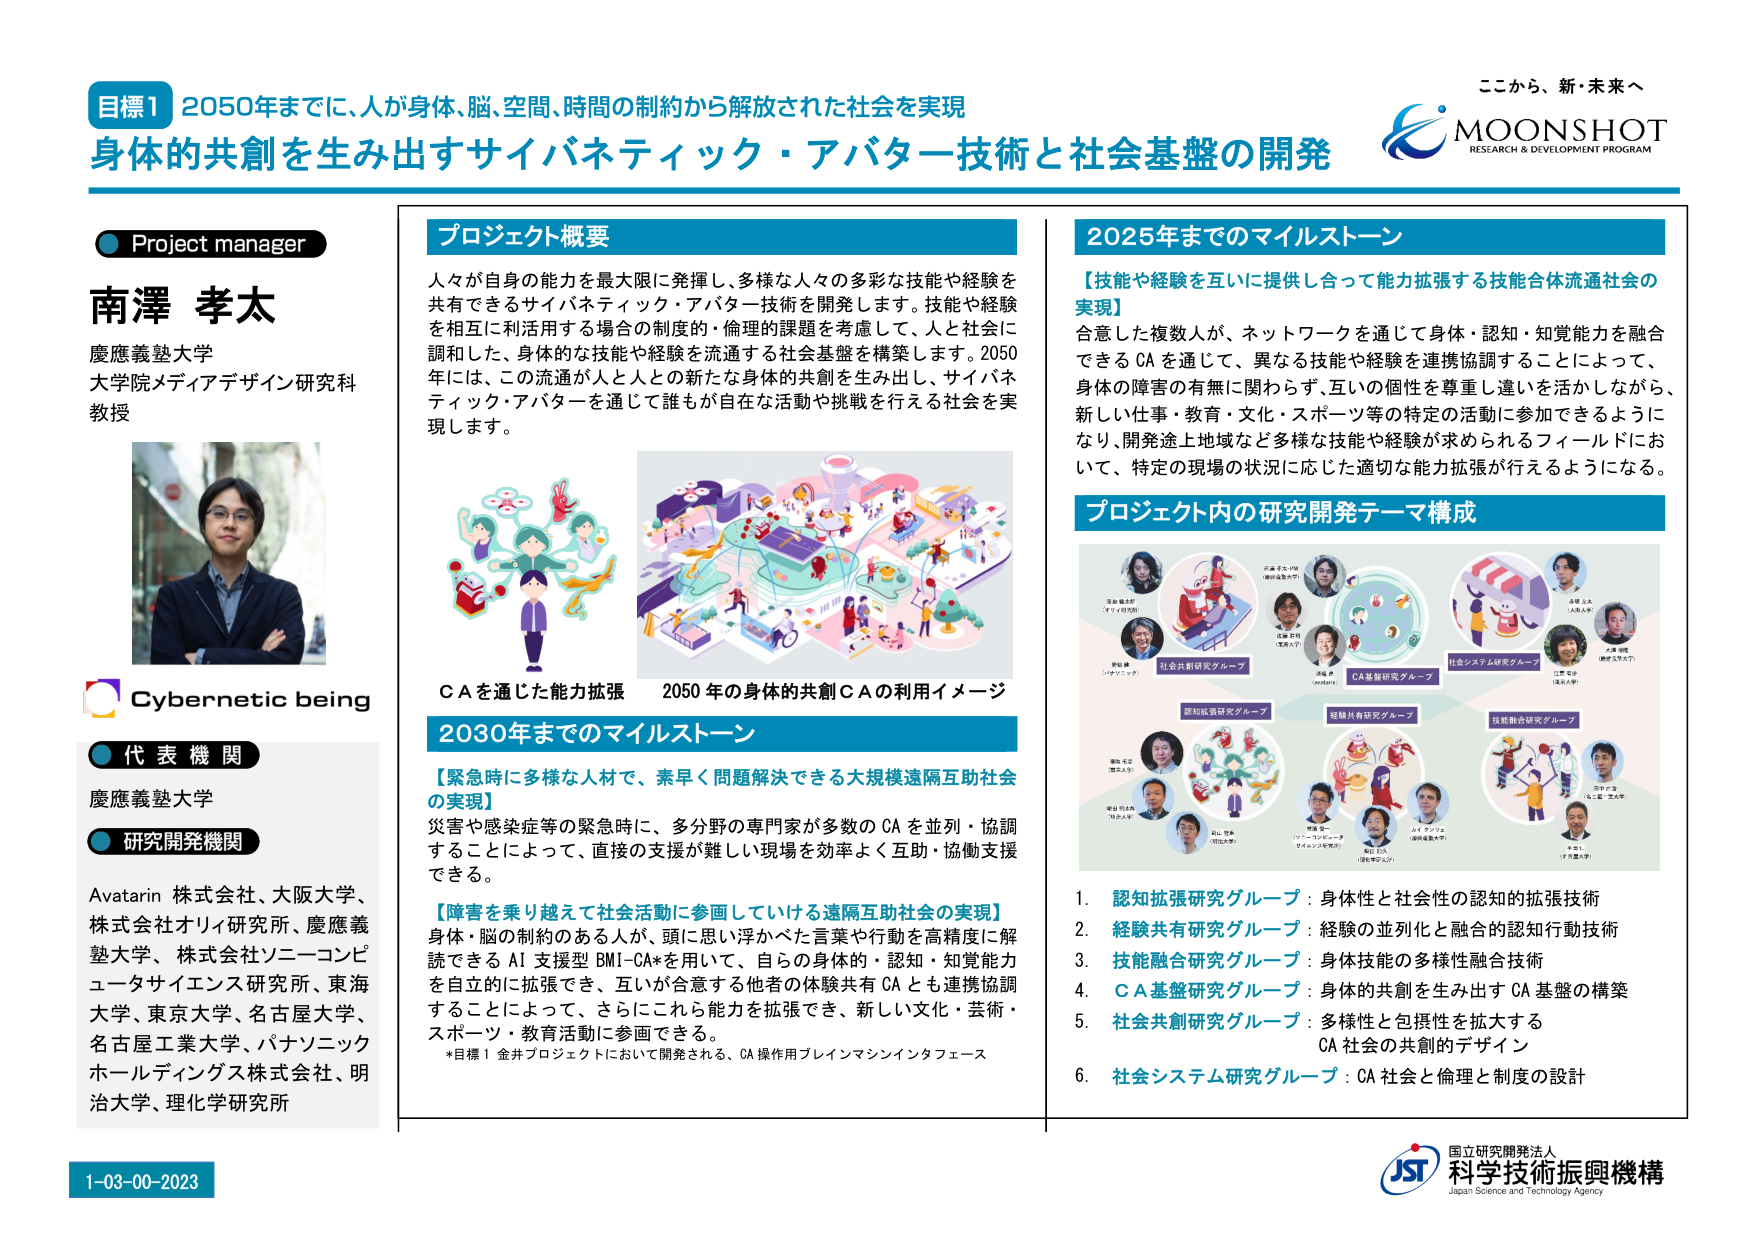
ここから、新・未来へ
MOONSHOT
RESEARCH & DEVELOPMENT PROGRAM

目標1 2050年までに、人が身体、脳、空間、時間の制約から解放された社会を実現
身体的共創を生み出すサイバネティック・アバター技術と社会基盤の開発

Project manager
南澤 孝太
慶應義塾大学
大学院メディアデザイン研究科
教授

Cybernetic being

代表機関
慶應義塾大学

研究開発機関
Avatarin 株式会社、大阪大学、
株式会社オリィ研究所、慶應義塾大学、株式会社ソニーコンピュータサイエンス研究所、東海大学、東京大学、名古屋大学、名古屋工業大学、パナソニックホールディングス株式会社、明治大学、理化学研究所

1-03-00-2023

プロジェクト概要
人々が自身の能力を最大限に発揮し、多様な人々の多彩な技能や経験を共有できるサイバネティック・アバター技術を開発します。技能や経験を相互に利活用する場合の制度的・倫理的課題を考慮して、人と社会に調和した、身体的な技能や経験を流通する社会基盤を構築します。2050年には、この流通が人と人の新たな身体的共創を生み出し、サイバネティック・アバターを通じて誰もが自在な活動や挑戦を行える社会を実現します。

CAを通じた能力拡張
2050年の身体的共創CAの利用イメージ

2030年までのマイルストーン
【緊急時に多様な人材で、素早く問題解決できる大規模遠隔互助社会の実現】
災害や感染症等の緊急時に、多分野の専門家が多数のCAを並列・協調することによって、直接の支援が難しい現場を効率よく互助・協働支援できる。

【障害を乗り越えて社会活動に参画していける遠隔互助社会の実現】
身体・脳の制約のある人が、頭に思い浮かべた言葉や行動を高精度に解読できるAI支援型BMI-CA*を用いて、自らの身体的・認知・知覚能力を自由的に拡張でき、互いが合意する他者の体験共有CAとも連携協調することによって、さらにこれら能力を拡張でき、新しい文化・芸術・スポーツ・教育活動に参画できる。
*目標1 金井プロジェクトにおいて開発される、CA操作用ブレインマシンインタフェース

2025年までのマイルストーン
【技能や経験を互いに提供し合って能力拡張する技能合体流通社会の実現】
合意した複数人が、ネットワークを通じて身体・認知・知覚能力を融合できるCAを通じて、異なる技能や経験を連携協調することによって、身体的障害の有無に関わらず、互いの個性を尊重し違いを活かしながら、新しい仕事・教育・文化・スポーツ等の特定の活動に参加できるようになり、開発途上地域など多様な技能や経験が求められるフィールドにおいて、特定の現場の状況に応じた適切な能力拡張が行えるようになる。

プロジェクト内の研究開発テーマ構成
社会共創研究グループ
CA基盤研究グループ
社会システム研究グループ
認知拡張研究グループ
経験共有研究グループ
技能融合研究グループ

1. 認知拡張研究グループ：身体性と社会性の認知的拡張技術
2. 経験共有研究グループ：経験の並列化と融合の認知行動技術
3. 技能融合研究グループ：身体技能の多様性融合技術
4. CA基盤研究グループ：身体的共創を生み出すCA基盤の構築
5. 社会共創研究グループ：多様性と包摂性を拡大するCA社会の共創的デザイン
6. 社会システム研究グループ：CA社会と倫理と制度の設計

国立研究開発法人
科学技術振興機構
Japan Science and Technology Agency